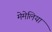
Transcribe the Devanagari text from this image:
मेमेलिया